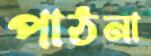
পাঠনা